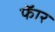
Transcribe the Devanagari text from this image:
फॅार